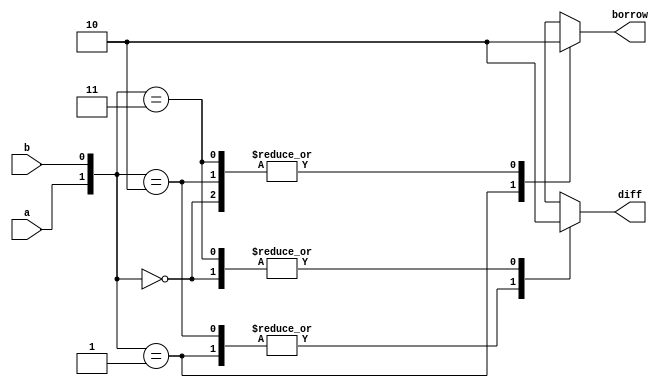
// Code your design here
module halfsub(input a,
               input b,
               output reg  diff,
               output  reg borrow);
  //behavioural mpodelling
  always@ (a or b)
    
    case ({a,b})
     2'b00 : begin 
       diff = 1'b0 ;
       borrow =1'b0; 
     end
      2'b01 : begin 
        diff= 1'b1 ;
        borrow =1'b1 ; 
      end 
      2'b10 : begin 
        diff= 1'b1 ;
        borrow =1'b0 ;
      end 
      2'b11 : begin  
        diff= 1'b0 ;
        borrow =1'b0 ;
      end  
     endcase      
endmodule